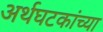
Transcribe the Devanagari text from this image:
अर्थघटकांच्या